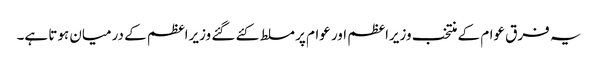
یہ فرق عوام کے منتخب وزیراعظم اور عوام پر مسلط کئے گئے وزیراعظم کے درمیان ہوتا ہے۔